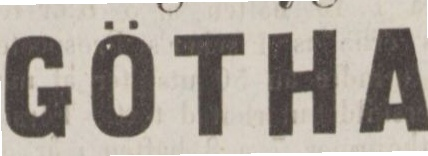
GÖTHA,